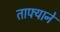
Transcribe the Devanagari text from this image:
ताफ्याने